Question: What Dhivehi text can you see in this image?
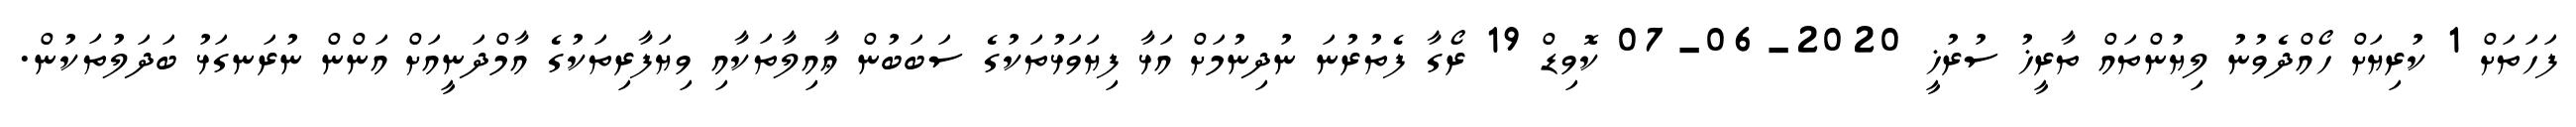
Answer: ފަހަތަށް 1 ކުރިޔަށް ހޯއްދެވުނު ލިޔުންތައް ތާރީޚު ސުރުޚީ 2020-06-07 ކޮވިޑް 19 ރޯގާ ފެތުރުނަ ނުދިނުމަށް އަޅާ ފިޔަވަޅުތަކުގެ ސަބަބުން ޢާއިލާތަކާއި ވިޔަފާރިތަކުގެ އާމްދަނީއަށް އަންން ނުރަނގަޅު ބަދަލުތަކުން.